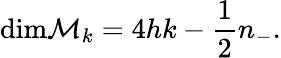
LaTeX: \mathrm{dim}{\cal M}_{k}=4hk-{\frac{1}{2}}n_{-}.